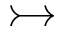
\rightarrowtail